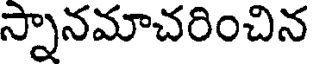
స్నానమాచరించిన